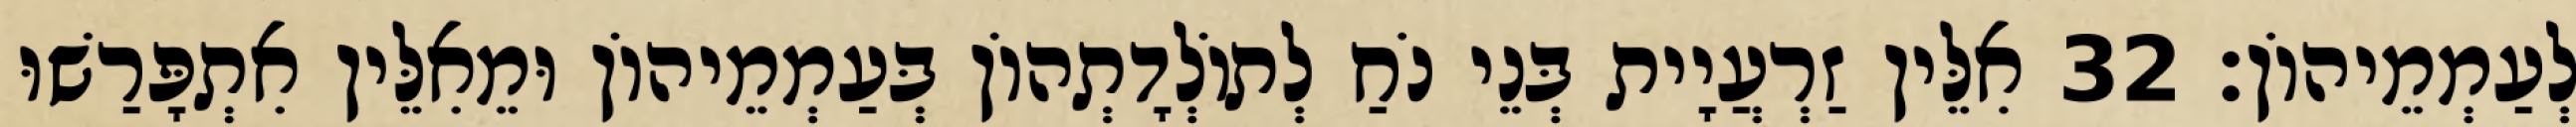
לְעַמְמֵיהוֹן׃ 32 אִלֵּין זַרְעֲיָית בְּנֵי נֹחַ לְתוֹלְדָתְהוֹן בְּעַמְמֵיהוֹן וּמֵאִלֵּין אִתְפָּרַשׁוּ